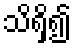
သိရှိ၍